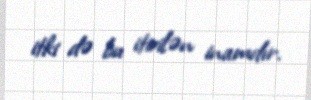
itki də bu itirilən inamdır.